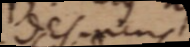
desinens